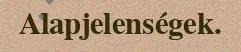
Alapjelenségek.